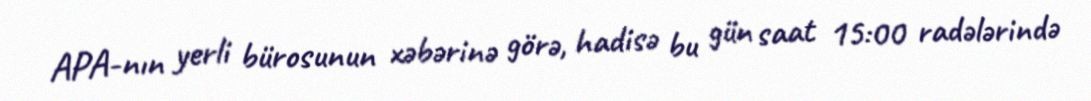
APA-nın yerli bürosunun xəbərinə görə, hadisə bu gün saat 15:00 radələrində